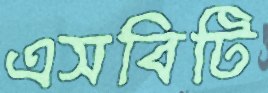
এসবিটি